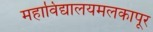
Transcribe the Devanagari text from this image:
महाविद्यालयमलकापूर